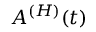
A ^ { ( H ) } ( t )